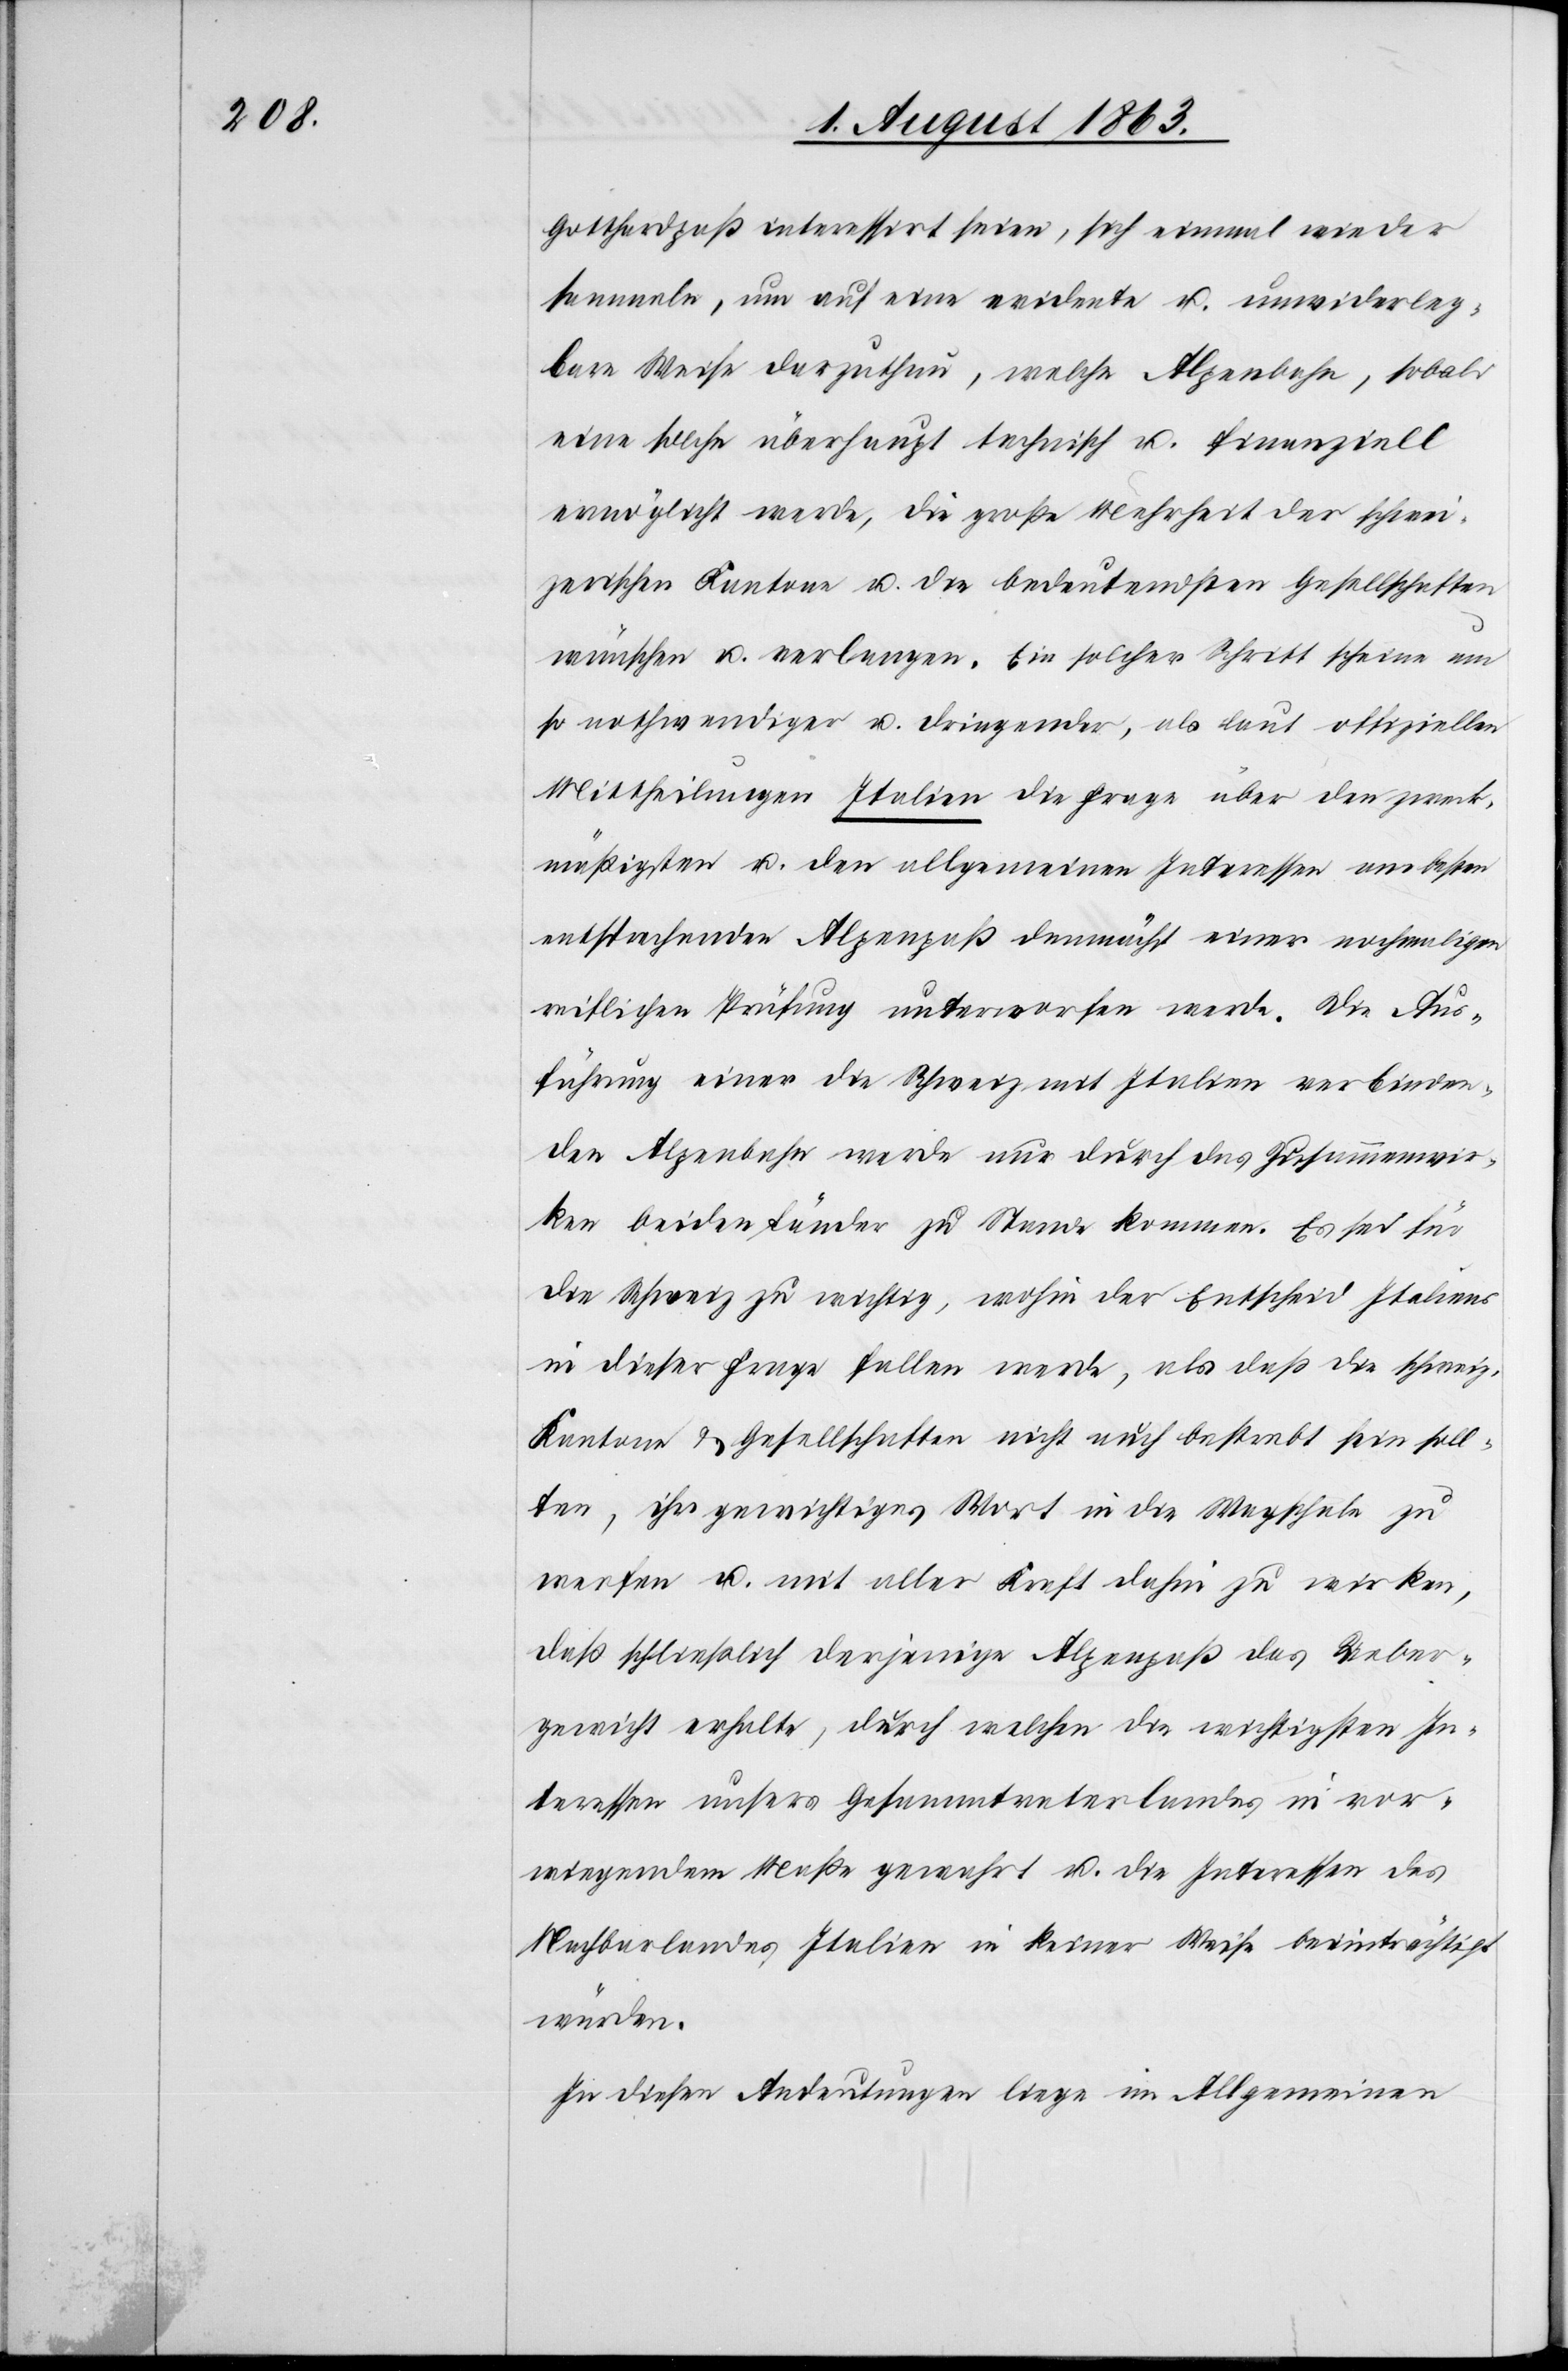
Gotthardpaß interessirt seien, sich einmal wieder
sammeln, um auf eine evidente u. unwiderleg¬
bare Weise darzuthun, welche Alpenbahn, sobald
eine solche überhaupt technisch u. finanziell
ermöglicht werde, die große Mehrheit der schwei¬
zerischen Kantone u. die bedeutendsten Gesellschaften
wünschen u. verlangen. Ein solcher Schritt scheine um
so nothwendiger u. dringender, als laut offiziellen
Mittheilungen Italien die Frage über den zweck¬
mäßigsten u. den allgemeinen Interessen am besten
entsprechenden Alpenpaß demnächst einer nochmaligen
reiflichen Prüfung unterwerfen werde. Die Aus¬
führung einer die Schweiz mit Italien verbinden¬
den Alpenbahn werde nur durch das Zusammenwir¬
ken beiden Länder zu Stande kommen. Es sei für
die Schweiz zu wichtig, wohin der Entscheid Italiens
in dieser Frage fallen werde, als daß die schweiz.
Kantone & Gesellschaften nicht auch bestrebt sein soll¬
ten, ihr gewichtiges Wort in die Wagschale zu
werfen u. mit aller Kraft dahin zu wirken,
daß schließlich derjenige Alpenpaß das Ueber¬
gewicht erhalte, durch welchen die wichtigsten In¬
teressen unsers Gesammtvaterlandes in vor¬
wiegendem Maße gewahrt u. die Interessen des
Nachbarlandes Italien in keiner Weise beeinträchtigt
würden.
In diesen Andeutungen liege im Allgemeinen